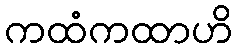
ကထံကထာဟိ